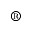
^ \mathrm { \textregistered }